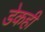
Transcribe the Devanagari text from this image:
डेकही